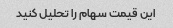
این قیمت سهام را تحلیل کنید